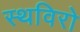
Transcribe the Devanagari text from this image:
स्थविरो